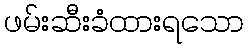
ဖမ်းဆီးခံထားရသော